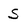
Character: S